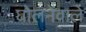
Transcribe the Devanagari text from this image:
घोलनेवाले